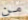
من